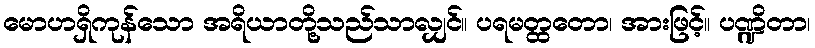
မောဟရှိကုန်သော အရိယာတို့သည်သာလျှင်။ ပရမတ္ထတော၊ အားဖြင့်။ ပဏ္ဍိတာ၊